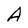
Character: A